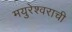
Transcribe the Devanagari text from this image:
मयुरेश्वराची